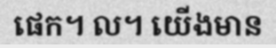
ផេក។ ល។ យើងមាន